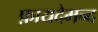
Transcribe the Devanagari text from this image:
फ़ायदेमन्द